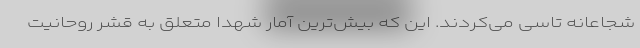
شجاعانه تاسی می‌کردند. این که بیش‌ترین آمار شهدا متعلق به قشر روحانیت